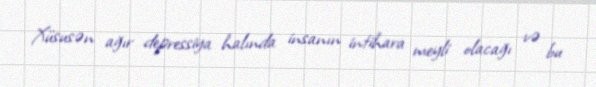
Xüsusən ağır depressiya halında insanın intihara meyli olacağı və bu